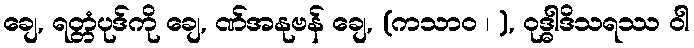
ချေ, ရတ္တံပုဒ်ကို ချေ, ဏ်အနုဗန် ချေ, (ကသာဝ ၊ ), ဝုဒ္ဓါဒိသရဿ ဝါ